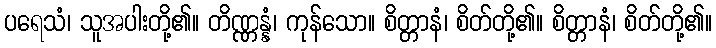
ပရေသံ၊ သူအပါးတို့၏။ တိဏ္ဏန္နံ၊ ကုန်သော။ စိတ္တာနံ၊ စိတ်တို့၏။ စိတ္တာနံ၊ စိတ်တို့၏။